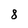
Character: 8